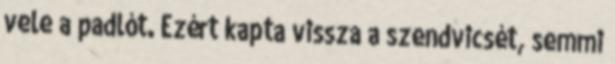
vele a padlót. Ezért kapta vissza a szendvicsét, semmi